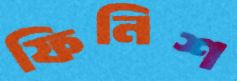
ফিনিশ